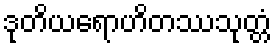
ဒုတိယရောဟိတဿသုတ္တံ